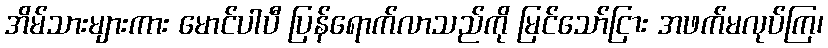
အိမ်သားများကား မောင်ပါပီ ပြန်ရောက်လာသည်ကို မြင်သော်ငြား အဖက်မလုပ်ကြ၊